Civil Veterinary Dept. North-West Frontier Province 1933-46 - 1933-1946
Year: 1933
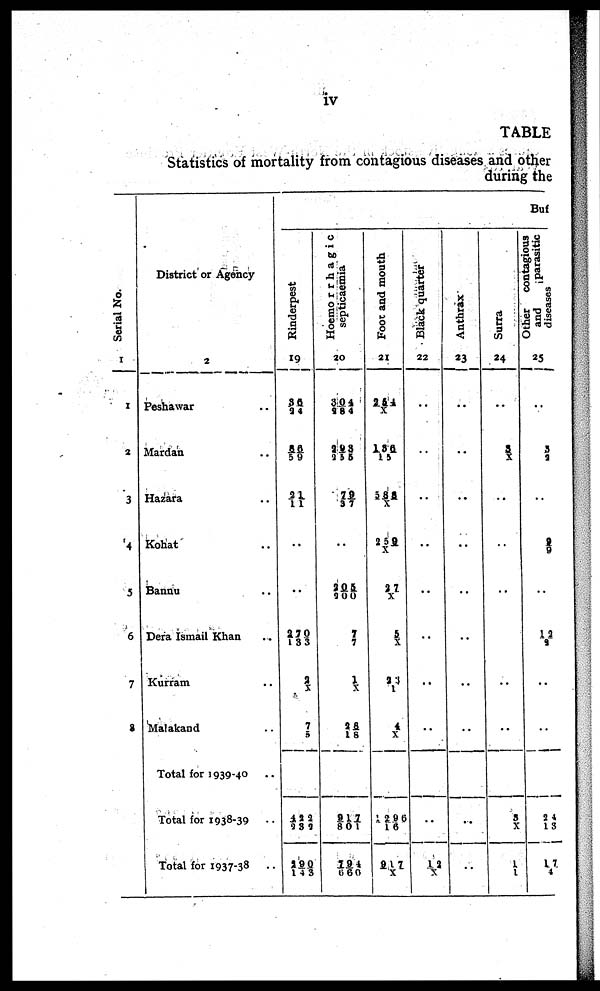
iv
TABLE
Statistics of mortality from contagious diseases and other
during the
Serial No.
1
1
2
3
4
5
6
7
8
District or Agency
2
Peshawar ..
Mardan ..
Hazara ..
Kohat ..
Bannu ..
Dera Ismail Khan ..
Kurram ..
Malakand ..
Total for 1939-40 ..
Total for 1938-39 ..
Total for 1937-38
..
Buf
Rinderpest
19
36/ 24
86/59
21/11
..
..
270/133
2/X
7/ 5
422/232
290/143
Hoemorrhagic
septicaemia
20
304/284
..
71/37
..
205/200
7/7
1/ X
28/18
917/801
794/ 660
Foot and mouth
21
264/X
136/15
586/X
259/X
27/X
5/ X
23/1
4/X
1296/16
917/X
Black quarter
22
..
..
..
..
..
..
..
..
..
12/ X
Anthrax
23
..
..
..
..
..
..
..
..
..
..
Surra
24
..
3/X
..
..
..
..
..
..
3/ X
1/1
Other contagious
and
parasitic
diseases
25
..
3/2
..
8/ 9
..
12/ 9
..
..
24/ 13
17/4